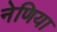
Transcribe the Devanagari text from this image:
नेणिया